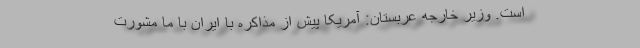
است. وزیر خارجه عربستان: آمریکا پیش از مذاکره با ایران با ما مشورت